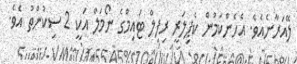
ލޭއަރާނެއެވެ. އެހެންކަމުން ކެޕިލަރީ ރިފިލް ޓައިމްގެ ނޯމަލް އަކީ 2 ސިކުންތު އެވެ.